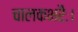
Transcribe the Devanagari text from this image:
चालकभरैः।